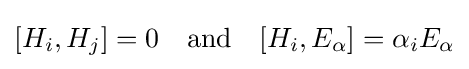
[H_{i},H_{j}]=0\quad {\mbox{and}}\quad [H_{i},E_{\alpha }]=\alpha _{i}E_{\alpha }